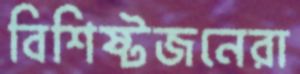
বিশিষ্টজনেরা